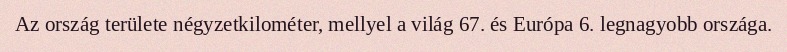
Az ország területe négyzetkilométer, mellyel a világ 67. és Európa 6. legnagyobb országa.